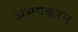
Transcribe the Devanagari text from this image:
अभयकरन